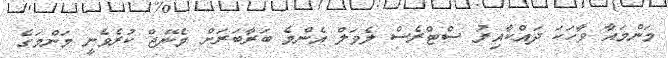
މަންމައާ ވާހަކަ ދައްކާއިރު ސްޓްރެސް ލެވަލް އެންމެ ބަރާބަރަށް މެނޭޖް ކުރެވެނީ މަންމަގެ